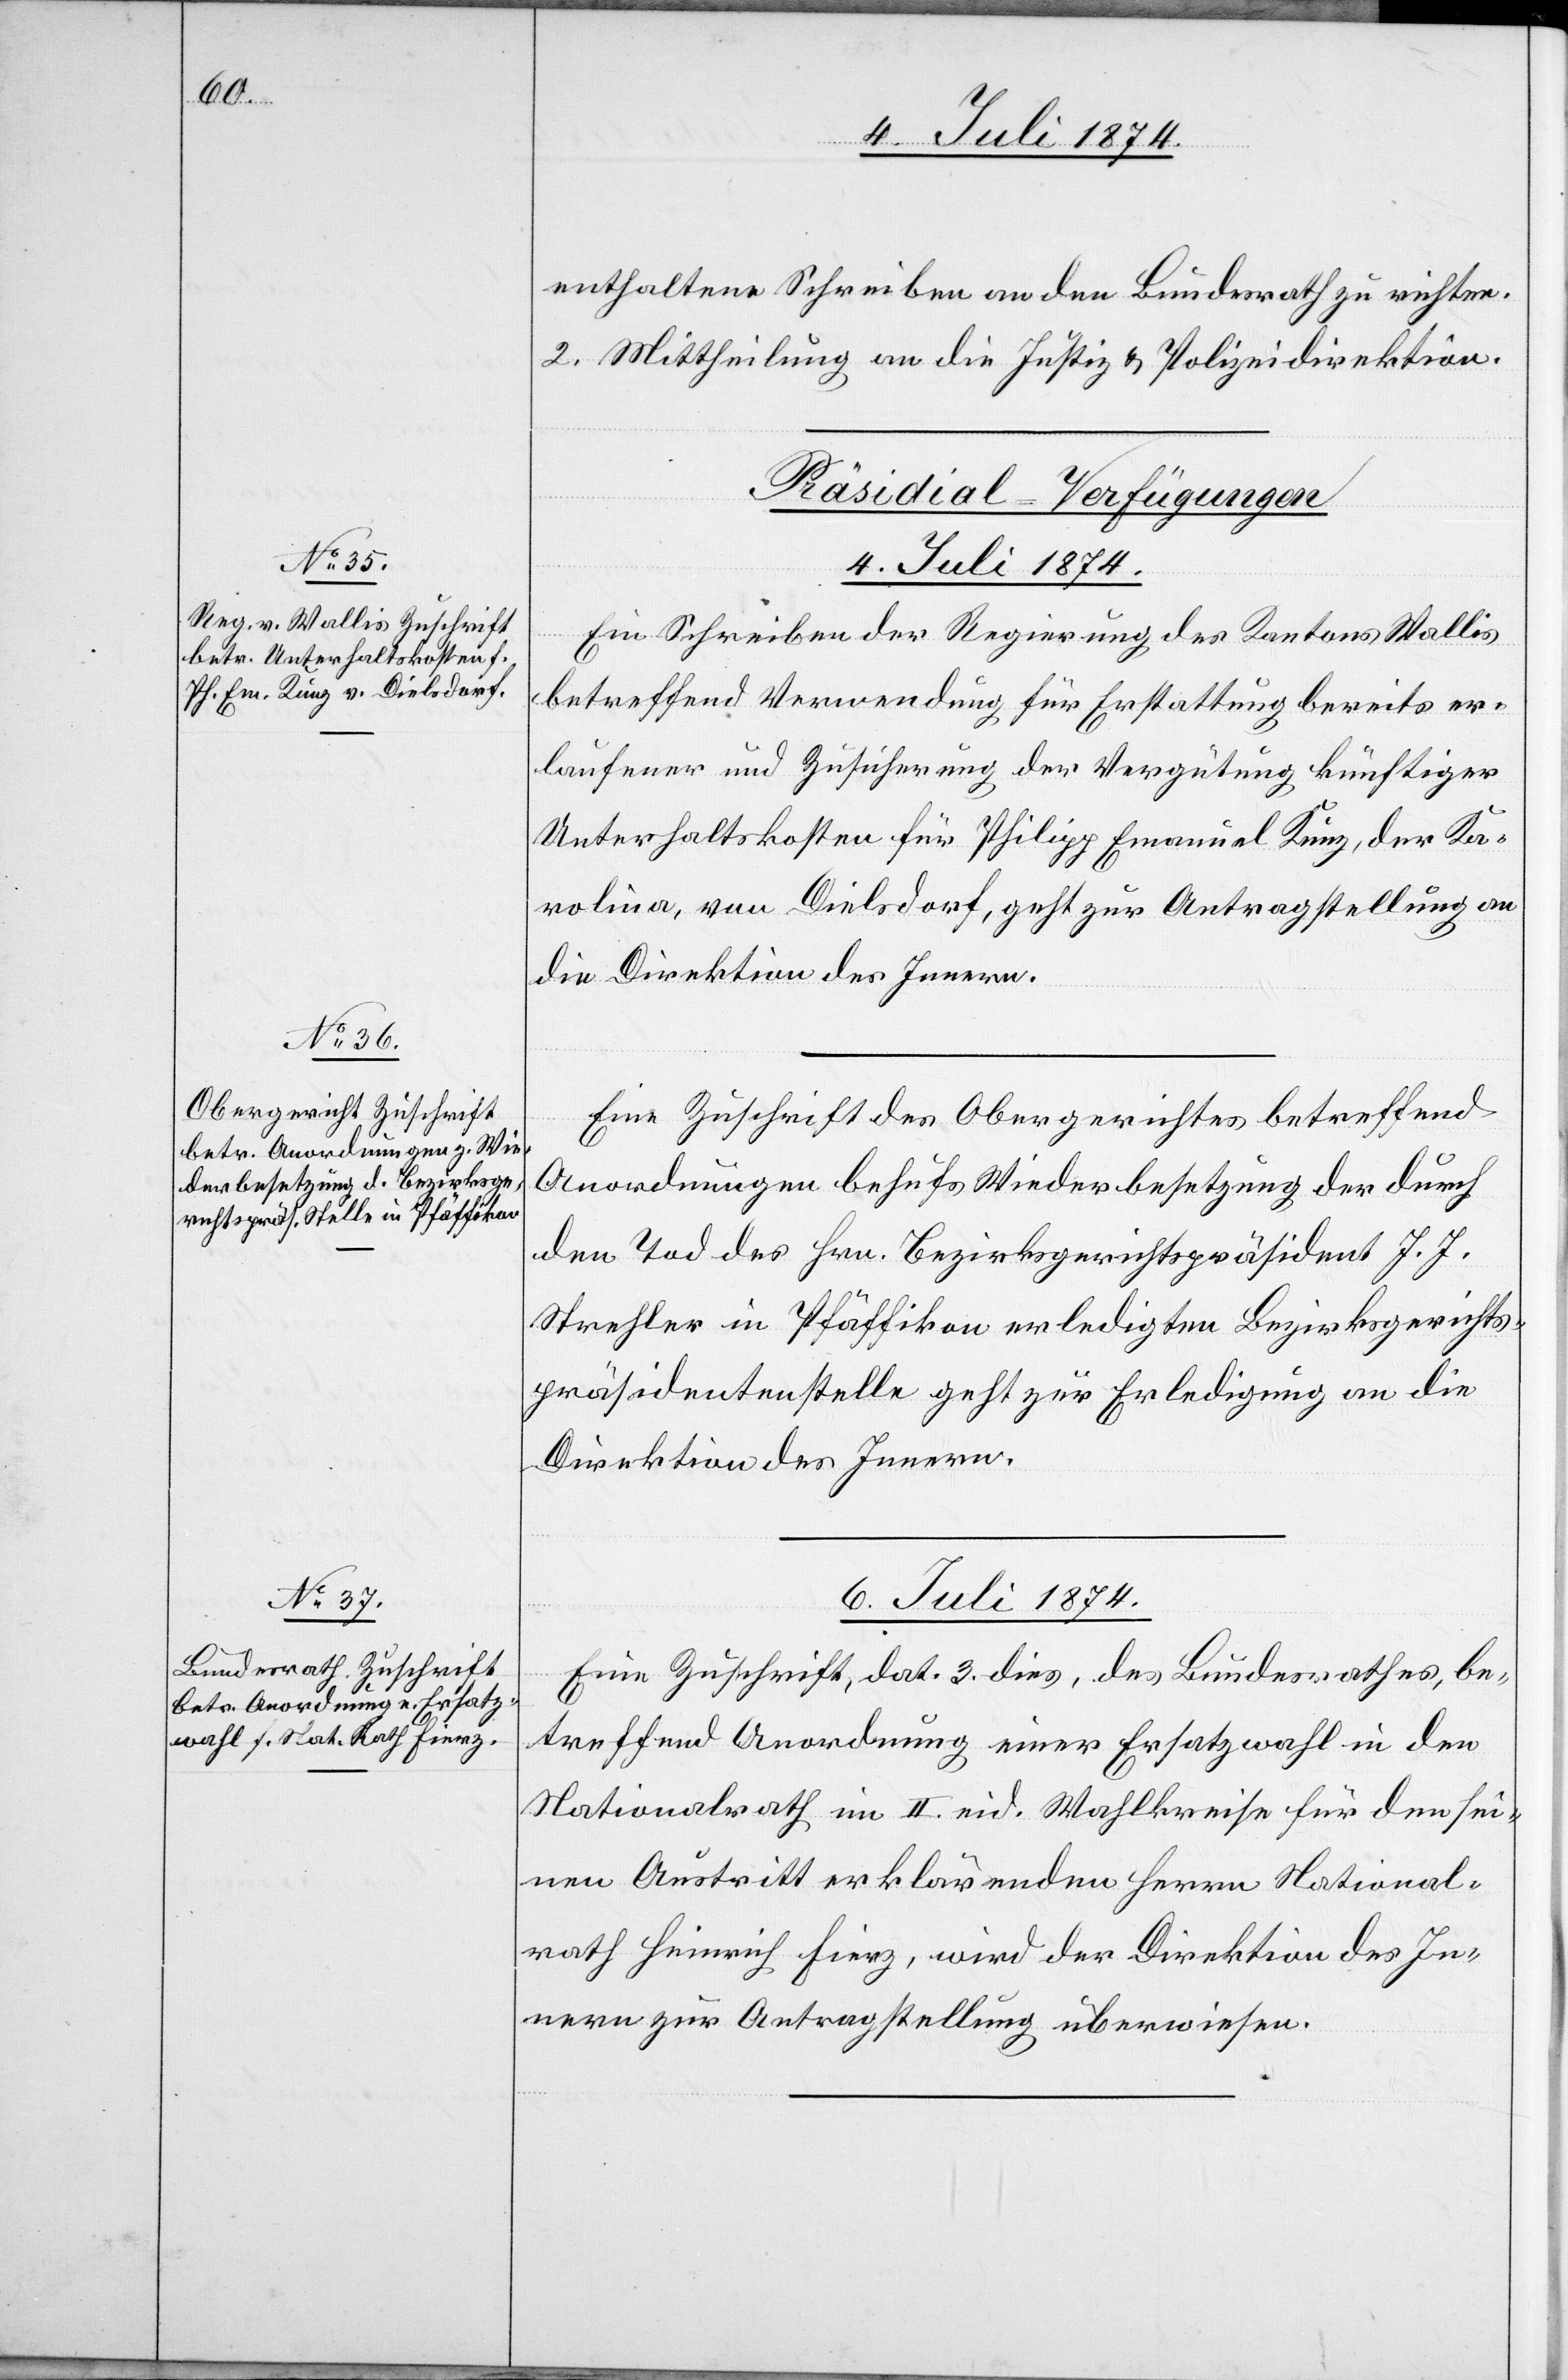
6. Juli 1874.
enthaltene Schreiben an den Bundesrath zu richten.
2. Mittheilung an die Justiz u. Polizeidirektion.
[Präsidial-Verfügungen]
4. Juli 1874.
Ein Schreiben der Regierung des Kantons Wallis
betreffend Verwendung für Erstattung bereits er¬
laufener und Zusicherung der Vergütung künftiger
Unterhaltskosten für Philipp Emanuel Kunz, der Ka¬
rolina, von Dielsdorf, geht zur Antragstellung an
die Direktion des Innern.
Eine Zuschrift des Obergerichtes betreffend
Anordnungen behufs Wiederbesetzung der durch
den Tod des Hrn. Bezirksgerichtspräsident J. J.
Strehler in Pfäffikon erledigten Bezirksgerichts¬
präsidentenstelle geht zur Erledigung an die
Direktion des Innern.
Eine Zuschrift, dat. 3. dies, des Bundesrathes, be¬
treffend Anordnung einer Ersatzwahl in den
Nationalrath im II. eid. Wahlkreise für den sei¬
nen Austritt erklärenden Herrn National¬
rath Heinrich Fierz, wird der Direktion des In¬
nern zur Antragstellung überwiesen.